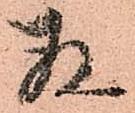
存